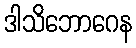
ဒါသိဘောဂေန